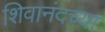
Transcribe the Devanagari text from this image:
शिवानंदच्या